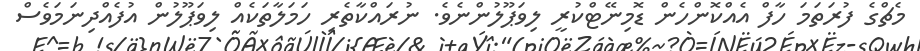
މެޗްގެ ފުރަތަމަ ހާފް އެއްކޮންހެން ޑޮމިނޭޓްކުރީ ލިވަޕޫލުންނެވެ. ނުރައްކާތެރި ހަމަލާތަކެއް ލިވަޕޫލުން އުފެއްދިނަމަވެސް